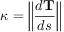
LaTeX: \kappa = \left\| { \frac { d \mathbf { T } } { d s } } \right\|